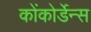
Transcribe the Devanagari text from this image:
कोंकोर्डेन्स